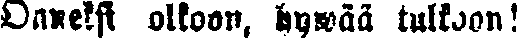
Onneksi olkoon, hywää tulkoon!